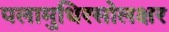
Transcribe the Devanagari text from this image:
पलामुधिरसोलक्षर